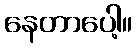
နေတာပေါ့။